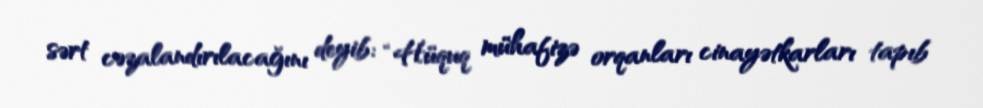
sərt cəzalandırılacağını deyib: “Hüquq mühafizə orqanları cinayətkarları tapıb